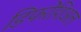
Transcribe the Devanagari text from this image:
डिफरेंशिअल